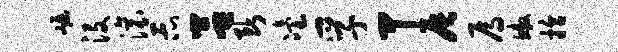
崛没滚示吕断冶孚甲辰焉鳌拾